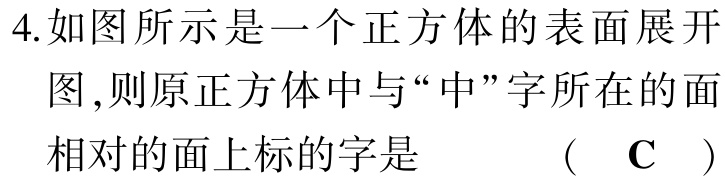
4.如图所示是一个正方体的表面展开

图,则原正方体中与“中”字所在的面

相对的面上标的字是 （ C ）